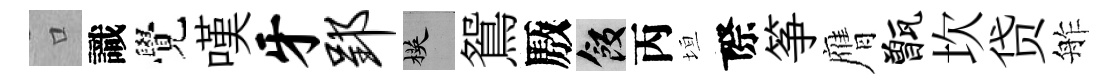
口識覺嘆牙郢楧鴛厫飯丙垣際筝膺甑坎贷舴